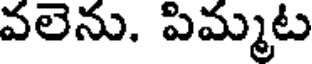
వలెను. పిమ్మట